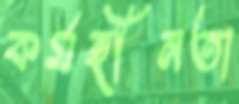
কর্মহীনতা